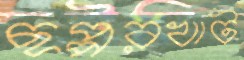
ছপ্পরখাট